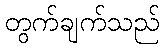
တွက်ချက်သည်